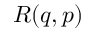
R ( q , p )